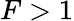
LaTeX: F>1